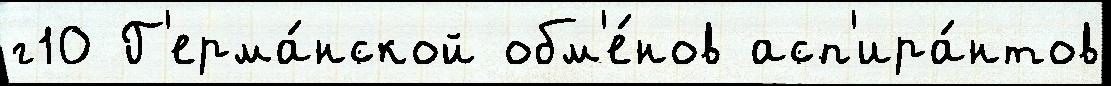
г10 Г'ерма́нской обм'е́нов асп'ира́нтов